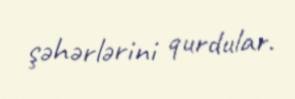
şəhərlərini qurdular.